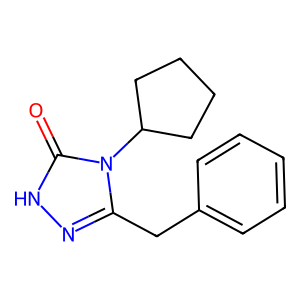
SMILES: O=c1[nH]nc(Cc2ccccc2)n1C1CCCC1
Inhibits HIV replication: No